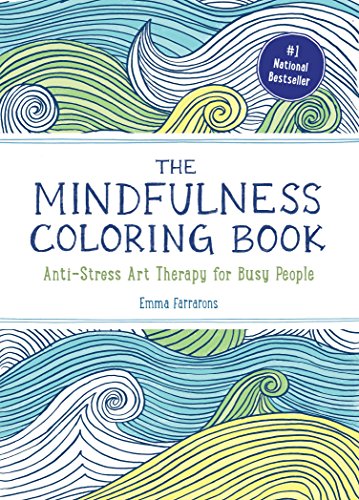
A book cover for The Mindfulness Coloring Book: Anti-Stress Art Therapy for Busy People; Emma Farrarons; Humor & Entertainment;